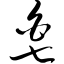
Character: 皂